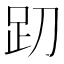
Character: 𰸁